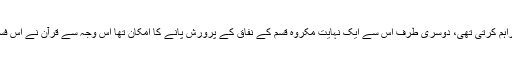
یہ ذہنیت ایک فاسد ذہنیت تھی جو ایک طرف تو مکذبین رسول کے لیے ایک عذر فراہم کرتی تھی، دوسری طرف اس سے ایک نہایت مکروہ قسم کے نفاق کے پرورش پانے کا امکان تھا اس وجہ سے قرآن نے اس فساد کی اصلاح کی تاکہ ایک غلط تصور دین مسلمانوں کے اندر جڑ نہ پکڑنے پائے۔